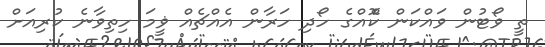
ތީ ވޯޓުން ވައްކަން ކޮްއްގެ ހޯދި ހަރާން އެއްޗެއް ޥީމަ ހިތިވާނެ ކުރިއަށް